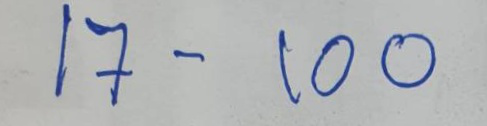
17 - 100